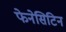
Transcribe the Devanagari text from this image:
फेनेसिटिन